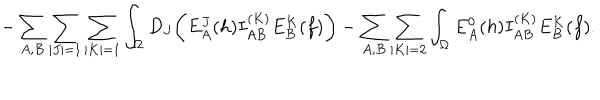
- \sum _ { A , B } \sum _ { \vert J \vert = 1 } \sum _ { \vert K \vert = 1 } \int _ { \Omega } D _ { J } \biggl ( E _ { A } ^ { J } ( h ) I _ { A B } ^ { ( K ) } E _ { B } ^ { K } ( f ) \biggr ) - \sum _ { A , B } \sum _ { \vert K \vert = 2 } \int _ { \Omega } E _ { A } ^ { 0 } ( h ) I _ { A B } ^ { ( K ) } E _ { B } ^ { K } ( f ) .